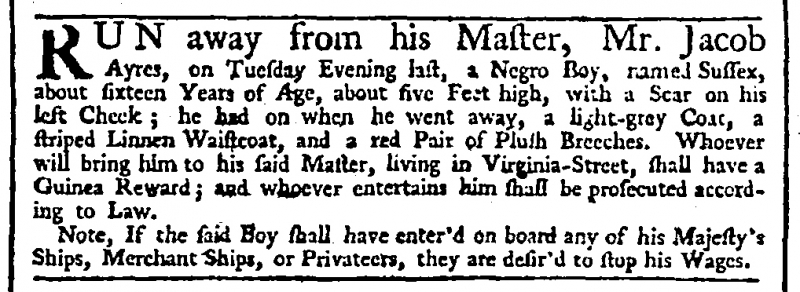
Daily Advertiser, 19 October 1744 (England)
RUN away from his Master, Mr. Jacob Ayres, on Tuesday Evening last, a Negro Boy, named Sussex, about sixteen Years of Age, about five Feet high, with a Scar on his left Cheek; he had on when he went away, a light-grey Coat, a striped Linnen Waistcoat, and a red Pair of Plush Breeches. Whoever will bring him to his said Master, living in Virginia-Street, shall have a Guinea Reward; and whoever entertains him shall be prosecuted according to Law.  Note, If the said Boy shall have enter’d on board any of his Majesty’s Ships, Merchant Ships, or Privateers, they are desir’d to stop his Wages.